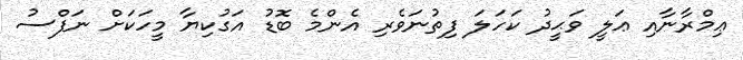
ޢިމްރާނާއި ޢަލީ ވަޙީދު ކަހަލަ ފިތުނަވެރި އެންމެ ބޮޑު އަގުކިޔާ މީހަކަށް ނަފްސު